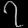
Digit: ၇